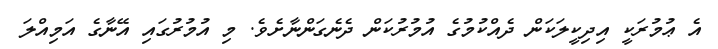
އެ ޢުމުރަކީ އިދިކީލަކަން ދެއްކުމުގެ އުމުރުކަން ދެނެގަންނާށެވެ. މި އުމުރުގައި އޭނާގެ އަމިއްލަ